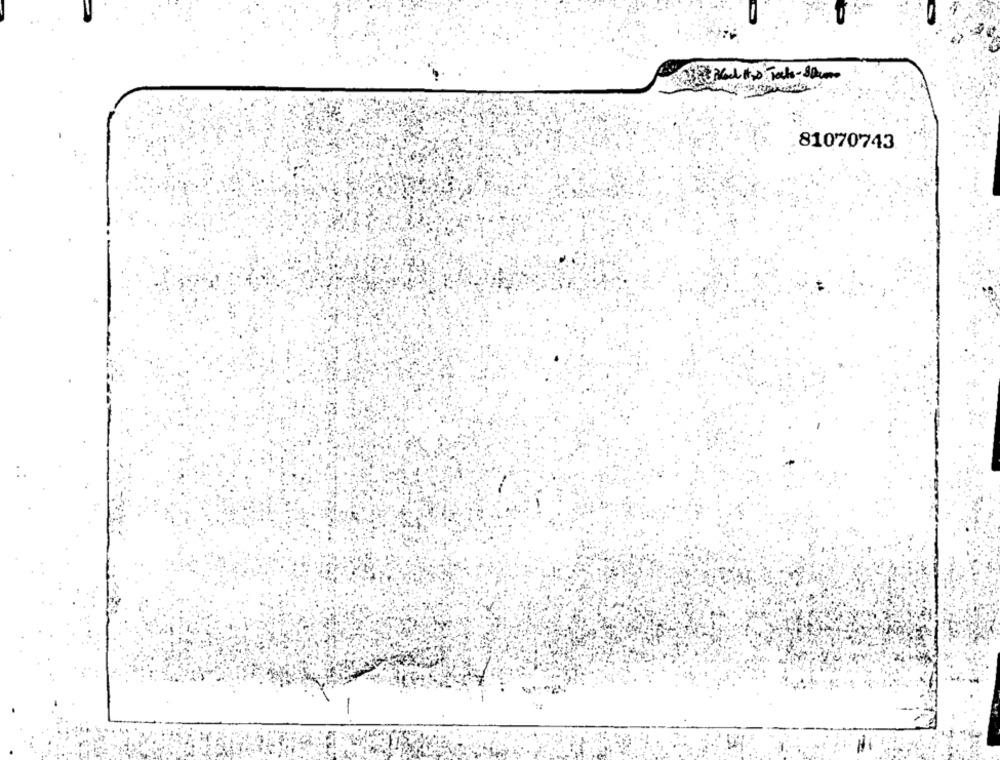
81070743